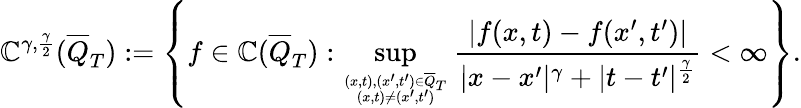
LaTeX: \mathbb{C}^{\gamma,\frac{{\gamma}}{{2}}}(\overline{{Q}}_{T}):=\left\{ f\in\mathbb{C}(\overline{{Q}}_{T}):\operatorname*{sup}_{(x,t),(x^{\prime},t^{\prime})\in\overline{{Q}}_{T}\atop(x,t)\neq(x^{\prime},t^{\prime})}\frac{{|f(x,t)-f(x^{\prime},t^{\prime})|}}{{|x-x^{\prime}|^{\gamma}+|t-t^{\prime}|^{\frac{{\gamma}}{{2}}}}}<\infty\right\} .